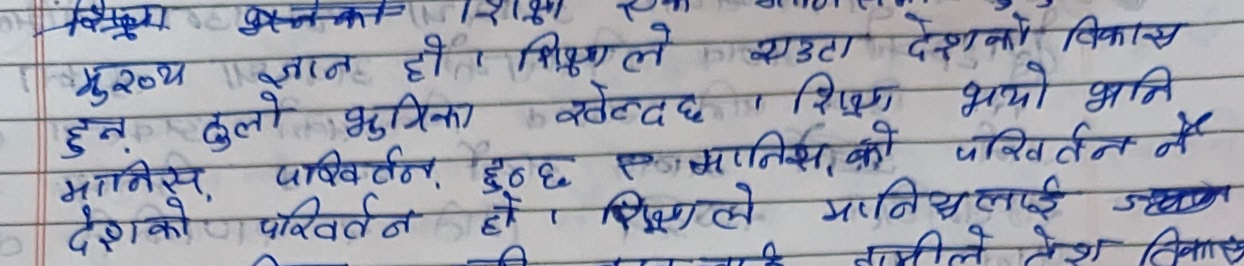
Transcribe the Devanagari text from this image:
मुख्य
एउटा देशको विकास
ज्ञान हो। शिक्षाले
हुन् ठुलो भुमिका खेल्दछ। शिशु भयो भनि
मानिस, परिवर्तन हुन्छ एमानिसको परिवर्तन नै
देशको परिवर्तन हो। शिक्षाले मानिसलाई
नामीले देश विकास